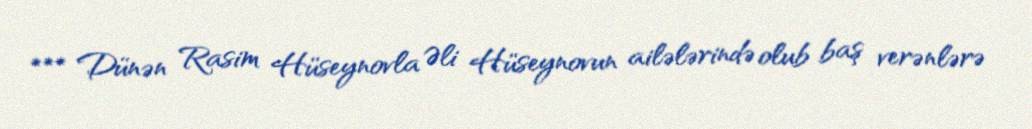
*** Dünən Rasim Hüseynovla Əli Hüseynovun ailələrində olub baş verənlərə